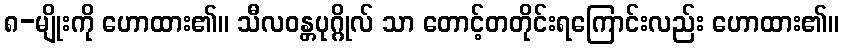
၈-မျိုးကို ဟောထား၏။ သီလဝန္တပုဂ္ဂိုလ် သာ တောင့်တတိုင်းရကြောင်းလည်း ဟောထား၏။